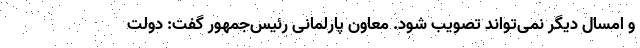
و امسال دیگر نمی‌تواند تصویب شود. معاون پارلمانی رئیس‌جمهور گفت: دولت